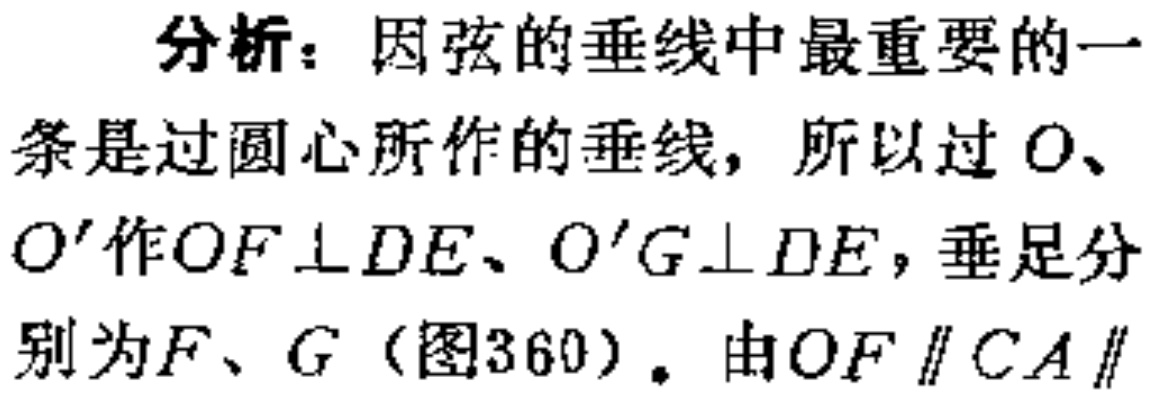
分析：因弦的垂线中最重要的一
条是过圆心所作的垂线，所以过 \(O\)、
\(O'\)作\(OF\perp DE\)、\(O'G\perp DE\)，垂足分
别为\(F\)、\(G\)（图360）。由\(OF\parallel CA\parallel\)